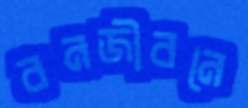
বনজীবনে